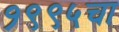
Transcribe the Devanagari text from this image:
१९९५चा